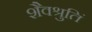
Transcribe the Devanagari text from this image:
शैवश्रुतिं